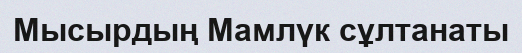
Мысырдың Мамлүк сұлтанаты